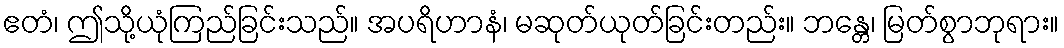
ဧတံ၊ ဤသို့ယုံကြည်ခြင်းသည်။ အပရိဟာနံ၊ မဆုတ်ယုတ်ခြင်းတည်း။ ဘန္တေ၊ မြတ်စွာဘုရား။